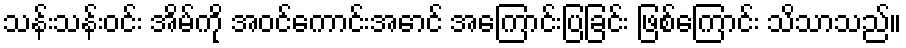
သန်းသန်းဝင်း အိမ်ကို အဝင်ကောင်းအောင် အကြောင်းပြခြင်း ဖြစ်ကြောင်း သိသာသည်။